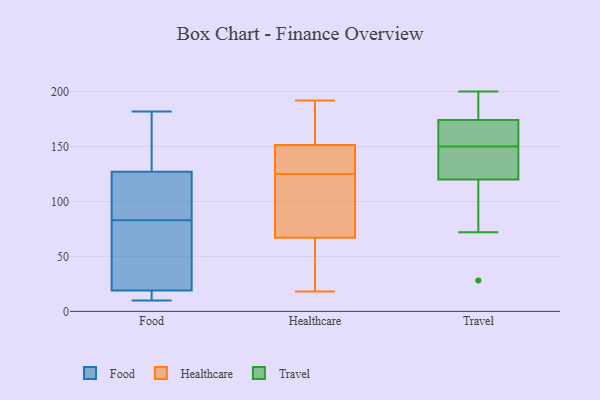
{"axis": {"x": "Revenue (USD Million)", "y": "Value"}, "legend": ["Food", "Healthcare", "Travel"], "data": [{"x": "", "y": 90, "type": "Food"}, {"x": "", "y": 10, "type": "Food"}, {"x": "", "y": 157, "type": "Food"}, {"x": "", "y": 86, "type": "Food"}, {"x": "", "y": 127, "type": "Food"}, {"x": "", "y": 16, "type": "Food"}, {"x": "", "y": 182, "type": "Food"}, {"x": "", "y": 19, "type": "Food"}, {"x": "", "y": 46, "type": "Food"}, {"x": "", "y": 80, "type": "Food"}, {"x": "", "y": 101, "type": "Healthcare"}, {"x": "", "y": 69, "type": "Healthcare"}, {"x": "", "y": 192, "type": "Healthcare"}, {"x": "", "y": 177, "type": "Healthcare"}, {"x": "", "y": 63, "type": "Healthcare"}, {"x": "", "y": 18, "type": "Healthcare"}, {"x": "", "y": 141, "type": "Healthcare"}, {"x": "", "y": 100, "type": "Healthcare"}, {"x": "", "y": 186, "type": "Healthcare"}, {"x": "", "y": 150, "type": "Healthcare"}, {"x": "", "y": 93, "type": "Healthcare"}, {"x": "", "y": 40, "type": "Healthcare"}, {"x": "", "y": 34, "type": "Healthcare"}, {"x": "", "y": 178, "type": "Healthcare"}, {"x": "", "y": 153, "type": "Healthcare"}, {"x": "", "y": 65, "type": "Healthcare"}, {"x": "", "y": 141, "type": "Healthcare"}, {"x": "", "y": 127, "type": "Healthcare"}, {"x": "", "y": 134, "type": "Healthcare"}, {"x": "", "y": 123, "type": "Healthcare"}, {"x": "", "y": 92, "type": "Travel"}, {"x": "", "y": 200, "type": "Travel"}, {"x": "", "y": 175, "type": "Travel"}, {"x": "", "y": 150, "type": "Travel"}, {"x": "", "y": 199, "type": "Travel"}, {"x": "", "y": 157, "type": "Travel"}, {"x": "", "y": 135, "type": "Travel"}, {"x": "", "y": 139, "type": "Travel"}, {"x": "", "y": 115, "type": "Travel"}, {"x": "", "y": 172, "type": "Travel"}, {"x": "", "y": 72, "type": "Travel"}, {"x": "", "y": 192, "type": "Travel"}, {"x": "", "y": 160, "type": "Travel"}, {"x": "", "y": 28, "type": "Travel"}, {"x": "", "y": 143, "type": "Travel"}]}